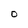
Character: O